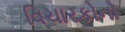
વિચારકોનો